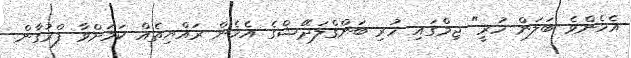
އެހެންވެ ބަލަން ހުރީ" ޖިމްގައި ހުރި ބަންގްލަދޭޝްގެ އެހެން ރައްޔިތެއް ކަމަށްވާ ފްރުގާން